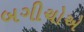
બગીચોએ